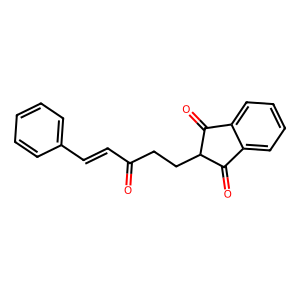
SMILES: O=C(C=Cc1ccccc1)CCC1C(=O)c2ccccc2C1=O
Inhibits HIV replication: No